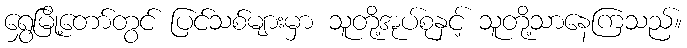
ရွှေမြို့တော်တွင် ပြင်သစ်များမှာ သူတို့အုပ်စုနှင့် သူတို့သာနေကြသည်။